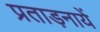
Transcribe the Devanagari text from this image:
प्रताड़नायें